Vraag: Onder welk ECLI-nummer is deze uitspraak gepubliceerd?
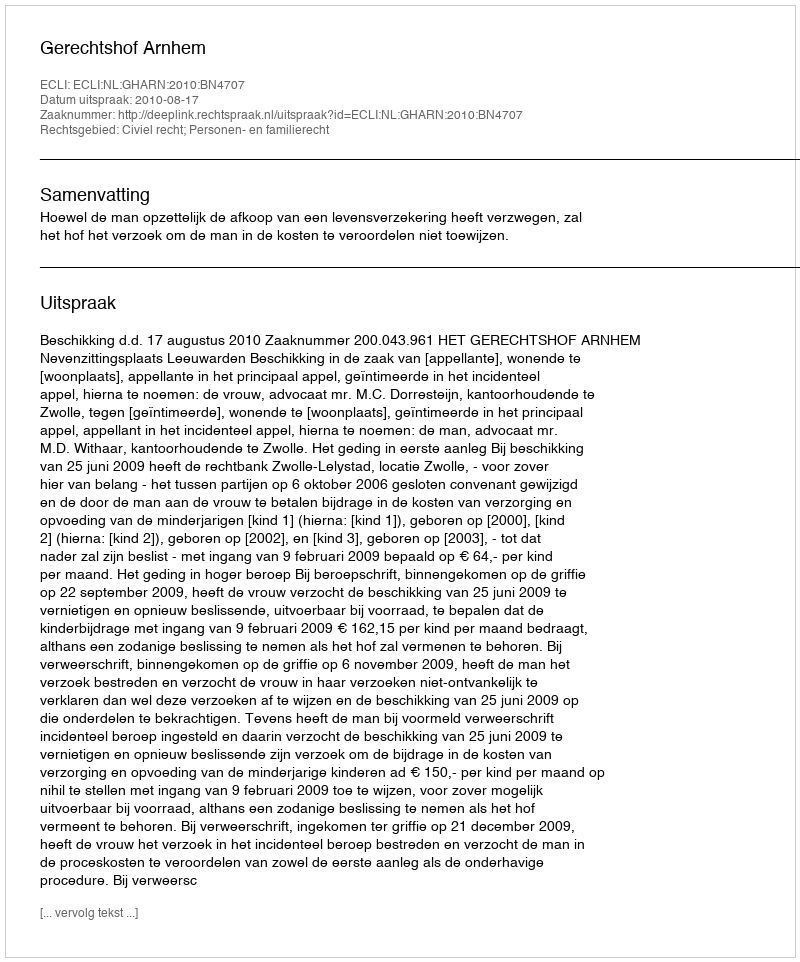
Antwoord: ECLI:NL:GHARN:2010:BN4707